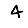
Digit: 4